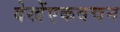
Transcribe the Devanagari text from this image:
देखेंएकवचन